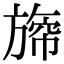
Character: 𣄐